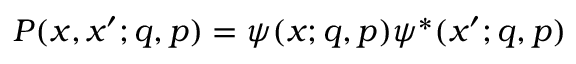
P ( x , x ^ { \prime } ; q , p ) = \psi ( x ; q , p ) \psi ^ { * } ( x ^ { \prime } ; q , p )